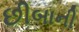
છીબાની